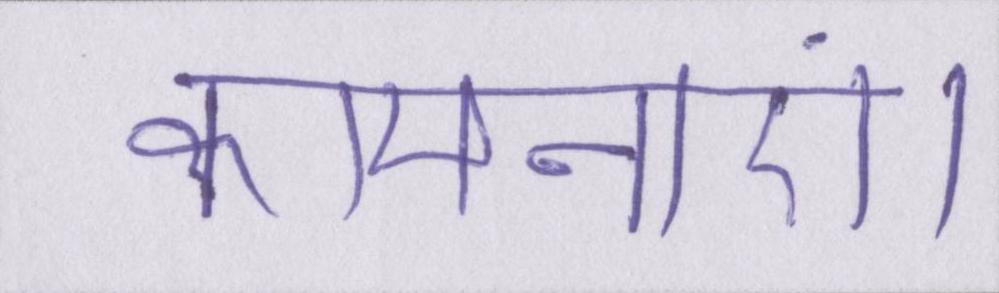
कामनाएं।